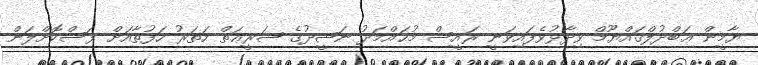
ޔާމީން ޢަބްދުލްޤައްޔޫމް ވިދާޅުވެފައިވަނީ ރައީސް މުޙައްމަދު ނަޝީދުގެ ޝަރީޢަތް ހަތަރު ހަފުތާއަށް ފަސްކޮށްލަން